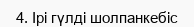
4. Ірі гүлді шолпанкебіс